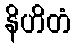
နိဟိတံ